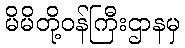
မိမိတို့ဝန်ကြီးဌာနမှ